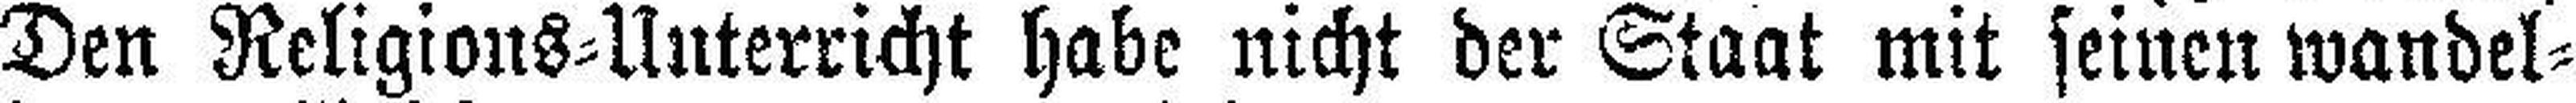
Den Religions=Unterricht habe nicht der Staat mit seinen wandel¬